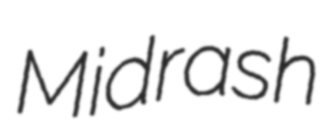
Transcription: Midrash